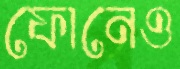
ফোনেও